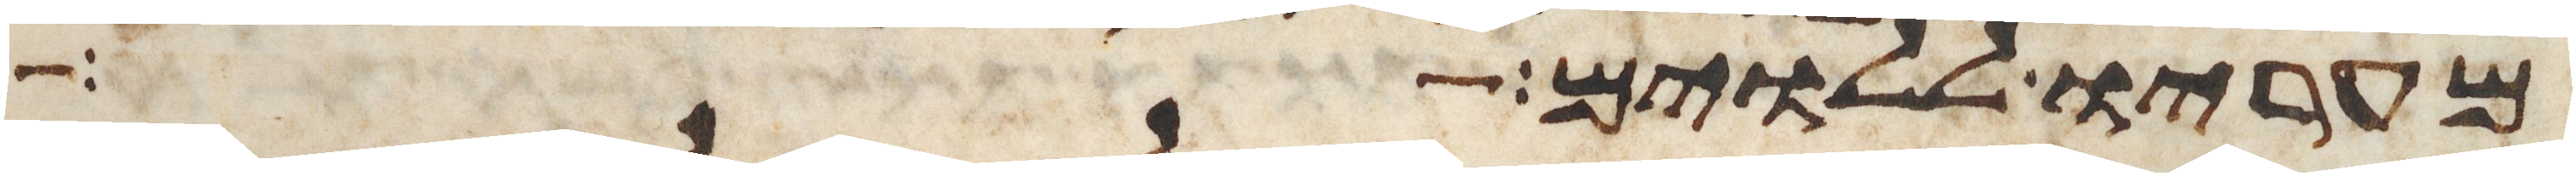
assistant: מעריו ללוים